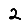
Digit: 2